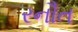
રનૌત